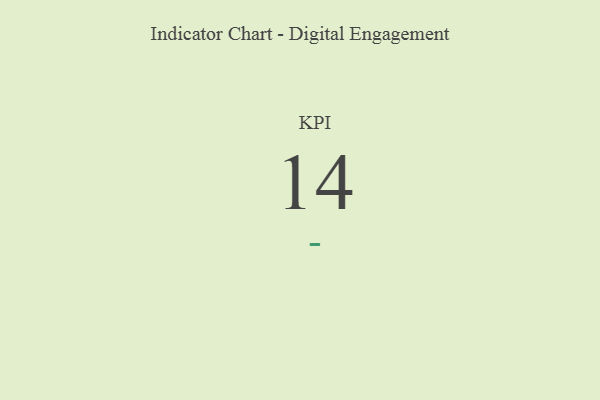
{"axis": {"x": "KPI", "y": "Value"}, "legend": [""], "data": [{"x": "KPI", "y": 14, "type": ""}]}